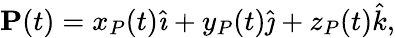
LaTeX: \mathbf{P}(t)=x_{P}(t){\hat{\imath}}+y_{P}(t){\hat{\jmath}}+z_{P}(t){\hat{k}},